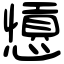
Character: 𢣁